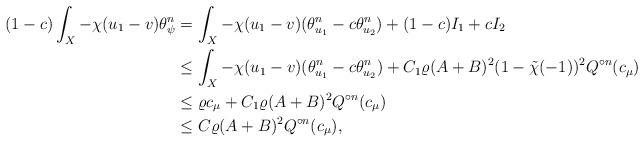
LaTeX: \begin{align*}(1-c)\int_X -\chi (u_1-v) \theta_{\psi}^n&=\int_X -\chi (u_1-v)(\theta_{u_1}^n-c\theta_{u_2}^n)+(1-c)I_1+cI_2\\&\leq \int_X -\chi (u_1-v)(\theta_{u_1}^n-c\theta_{u_2}^n)+ C_1\varrho (A+B)^2(1-\tilde{\chi}(-1))^2 Q^{\circ n}(c_{\mu})\\&\leq \varrho c_{\mu}+ C_1\varrho (A+B)^2 Q^{\circ n}(c_{\mu})\\&\leq C\varrho (A+B)^2 Q^{\circ n}(c_{\mu}),\end{align*}